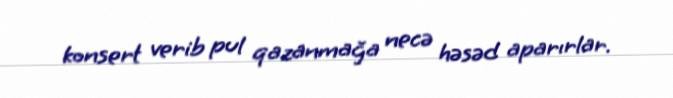
konsert verib pul qazanmağa necə həsəd aparırlar.